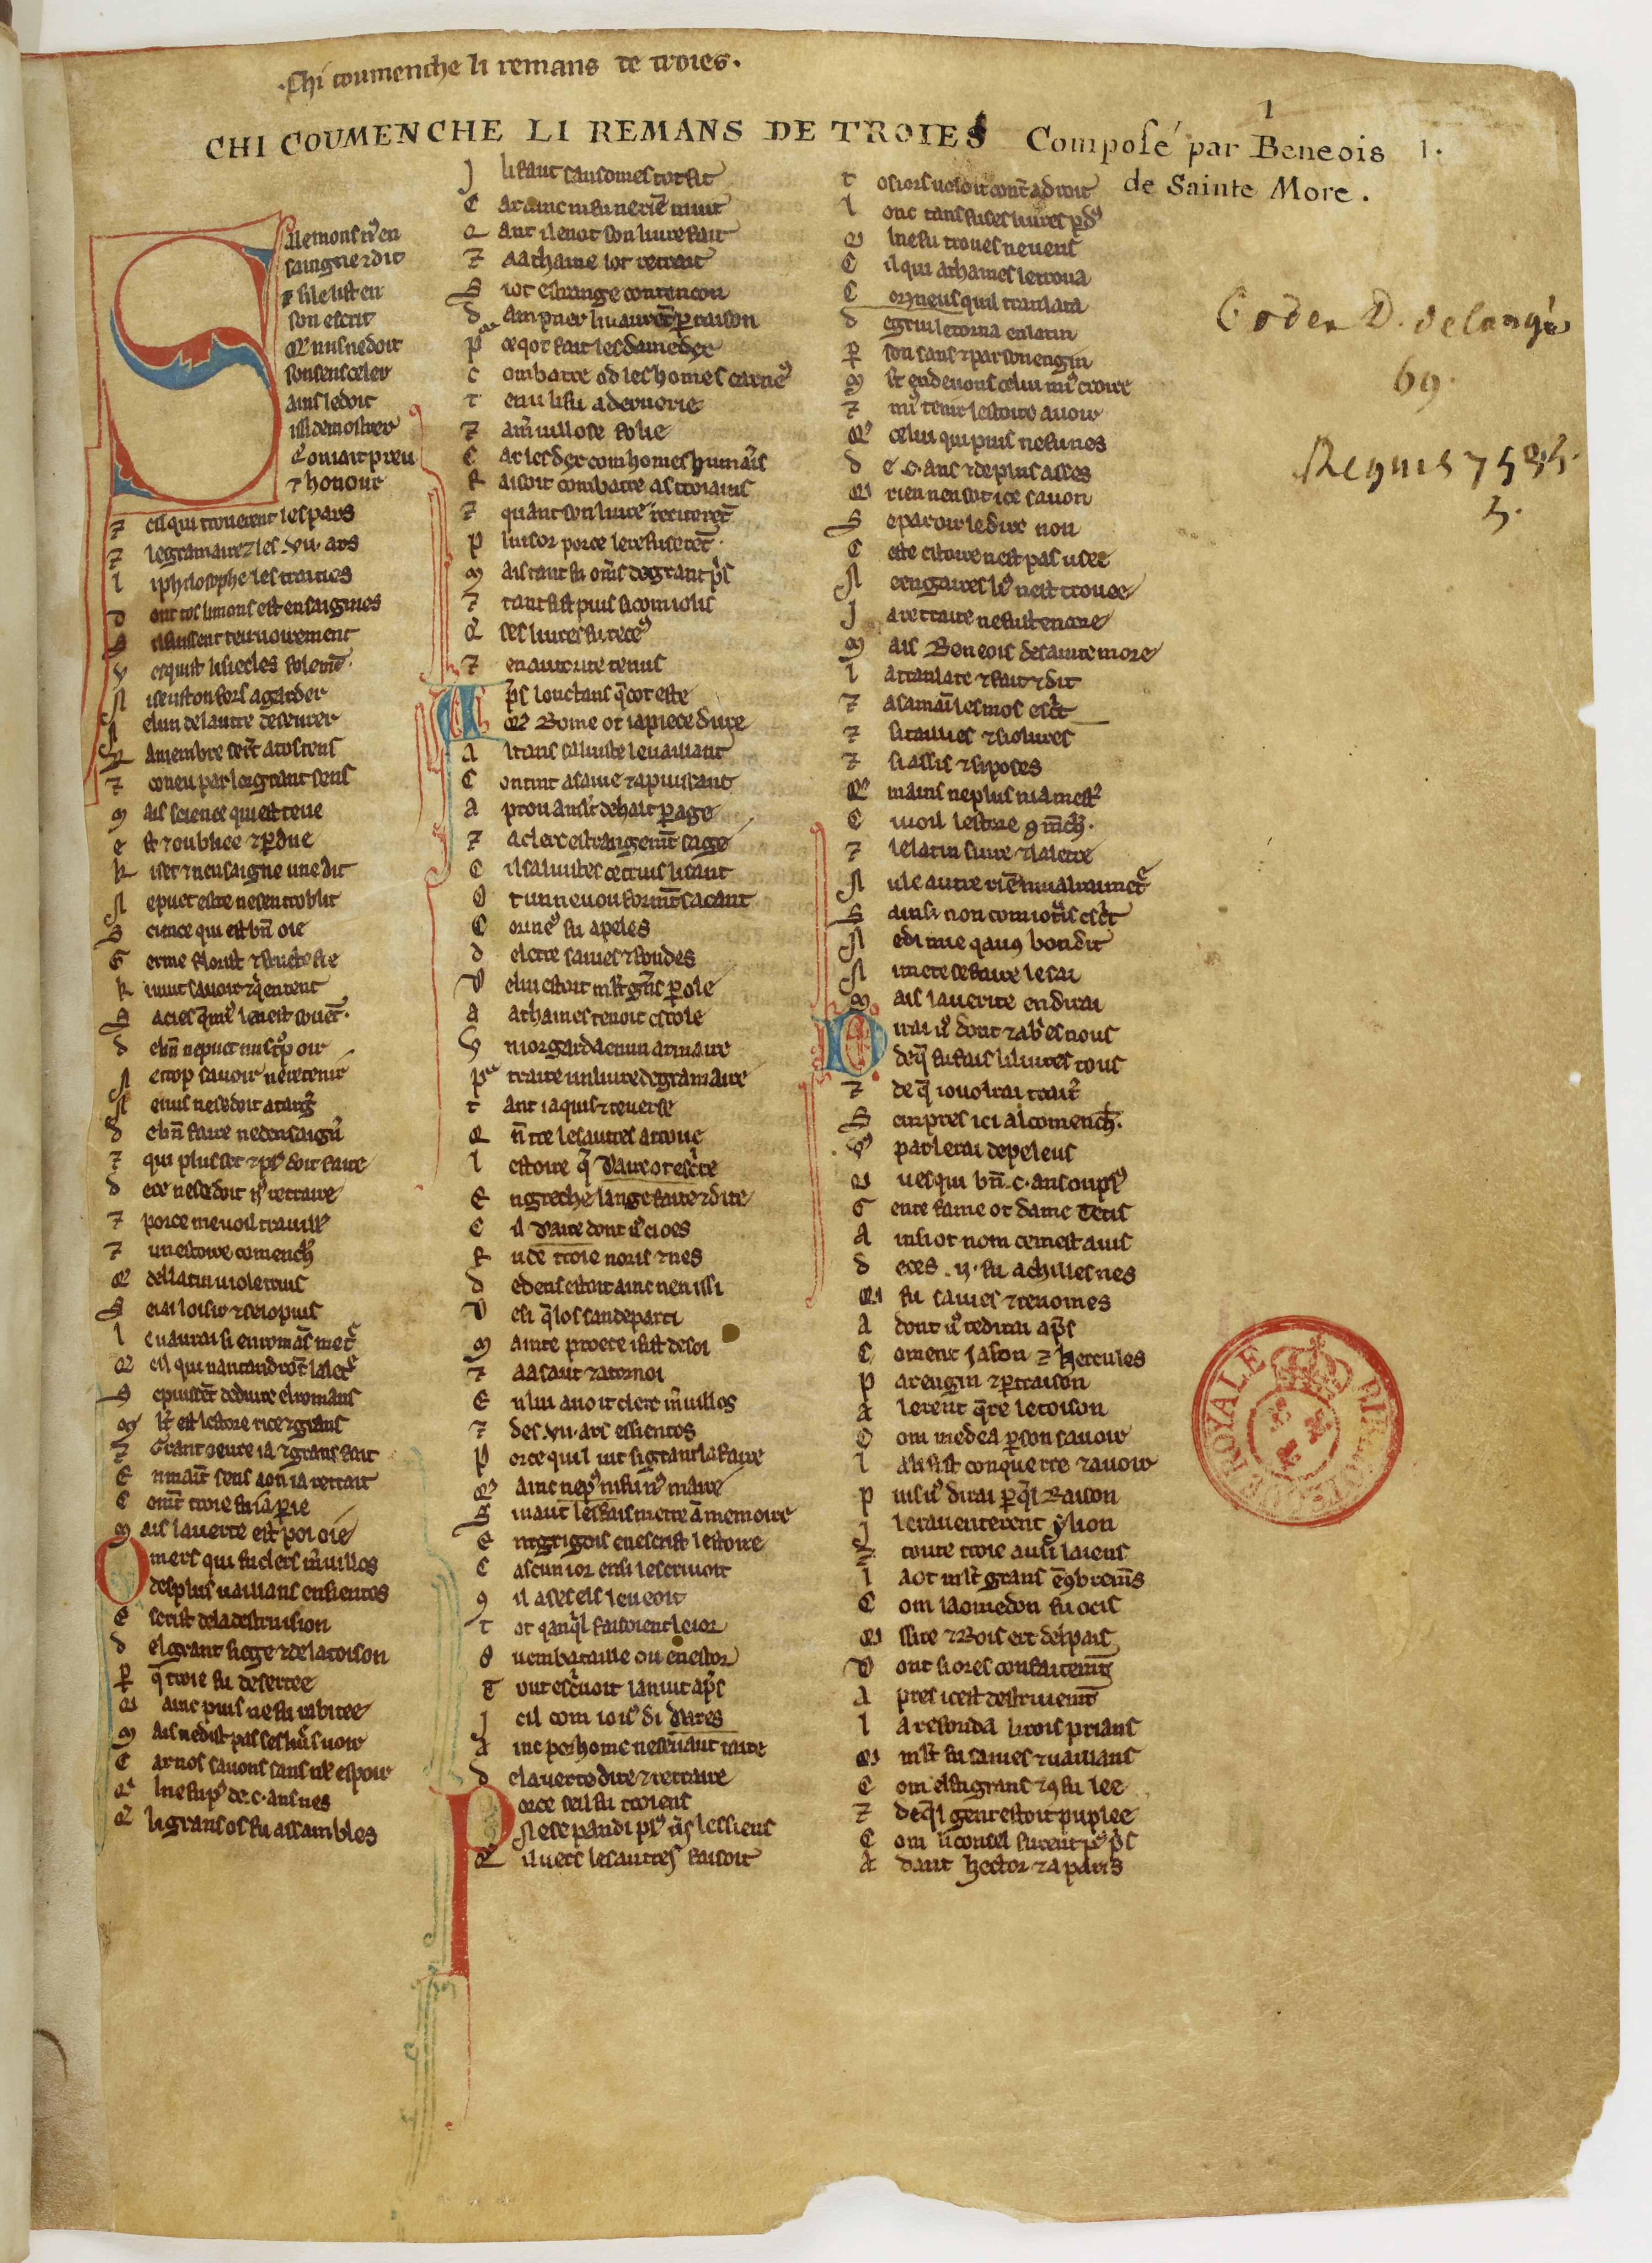
Shelfmark: Paris, BnF, fr. 1450
Century: 13